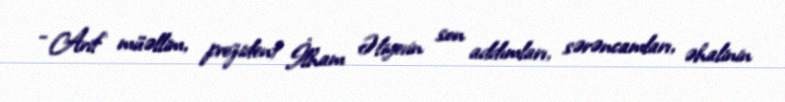
- Arif müəllim, prezident İlham Əliyevin son addımları, sərəncamları, əhalinin